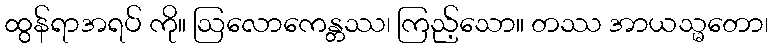
ထွန်ရာအရပ် ကို။ ဩလောကေန္တဿ၊ ကြည့်သော။ တဿ အာယသ္မတော၊